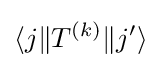
\langle j\|T^{(k)}\|j'\rangle